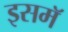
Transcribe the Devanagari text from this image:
इसमॅ